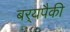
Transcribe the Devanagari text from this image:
बर्‍यपैकी